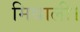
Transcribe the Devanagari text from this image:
मिथाली।